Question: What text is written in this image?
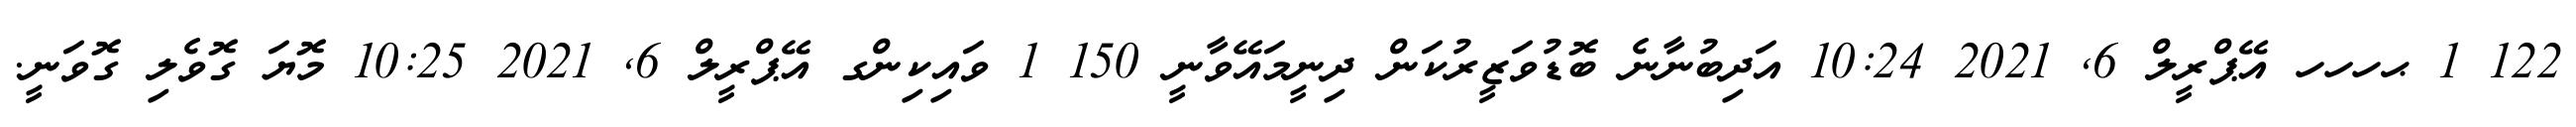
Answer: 122 1 ޙހހހ އޭޕްރީލް 6, 2021 10:24 އަދިބުނާނެ ބޮޑުވަޒީރުކަން ދިނީމައޭވާނީ 150 1 ވައިކިންގ އޭޕްރީލް 6, 2021 10:25 މޮޔަ ގޮވެލި ގޮވަނީ.